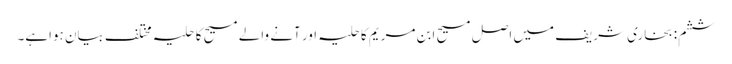
ششم: بخاری شریف میں اصل مسیح ابن مریم کاحلیہ اور آنے والے مسیح کا حلیہ مختلف بیان ہواہے۔